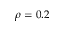
\rho = 0 . 2